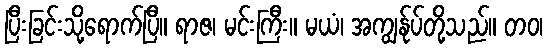
ပြီးခြင်းသို့ရောက်ပြီ။ ရာဇ၊ မင်းကြီး။ မယံ၊ အကျွန်ုပ်တို့သည်။ တဝ၊